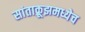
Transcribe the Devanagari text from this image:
सांताक्रूझमध्येच